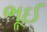
ભૂઈ